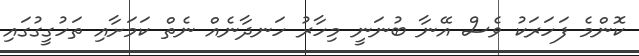
ކޮންމެ ފަހަރަކު ވެސް އޭނާ ބުނަނީ މިހާރު ހަނދާނެއް ނެތް ކަމަށާއި ތަހުގީގުގައި